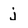
Character: j